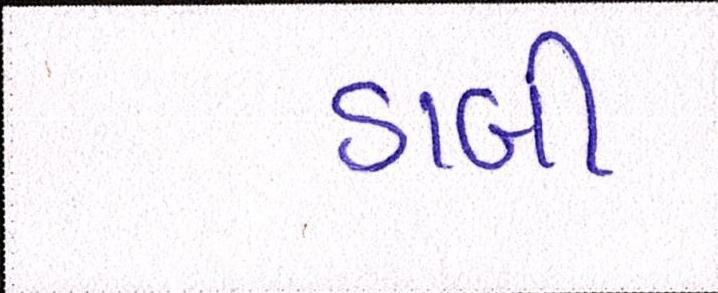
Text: ડાબી